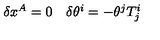
\begin{array} { c c } { \delta x ^ { A } = 0 } & { \delta \theta ^ { i } = - \theta ^ { j } T _ { j } ^ { i } } \\ \end{array}